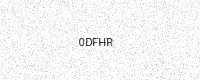
Text: 0DFHR